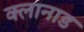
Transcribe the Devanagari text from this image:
क्लानाड